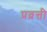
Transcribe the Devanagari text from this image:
प्रव्रत्ती